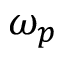
\omega _ { p }